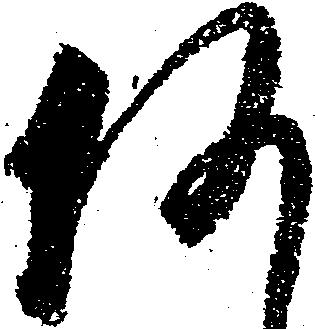
何